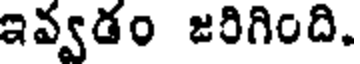
ఇవ్వడం జరిగింది.